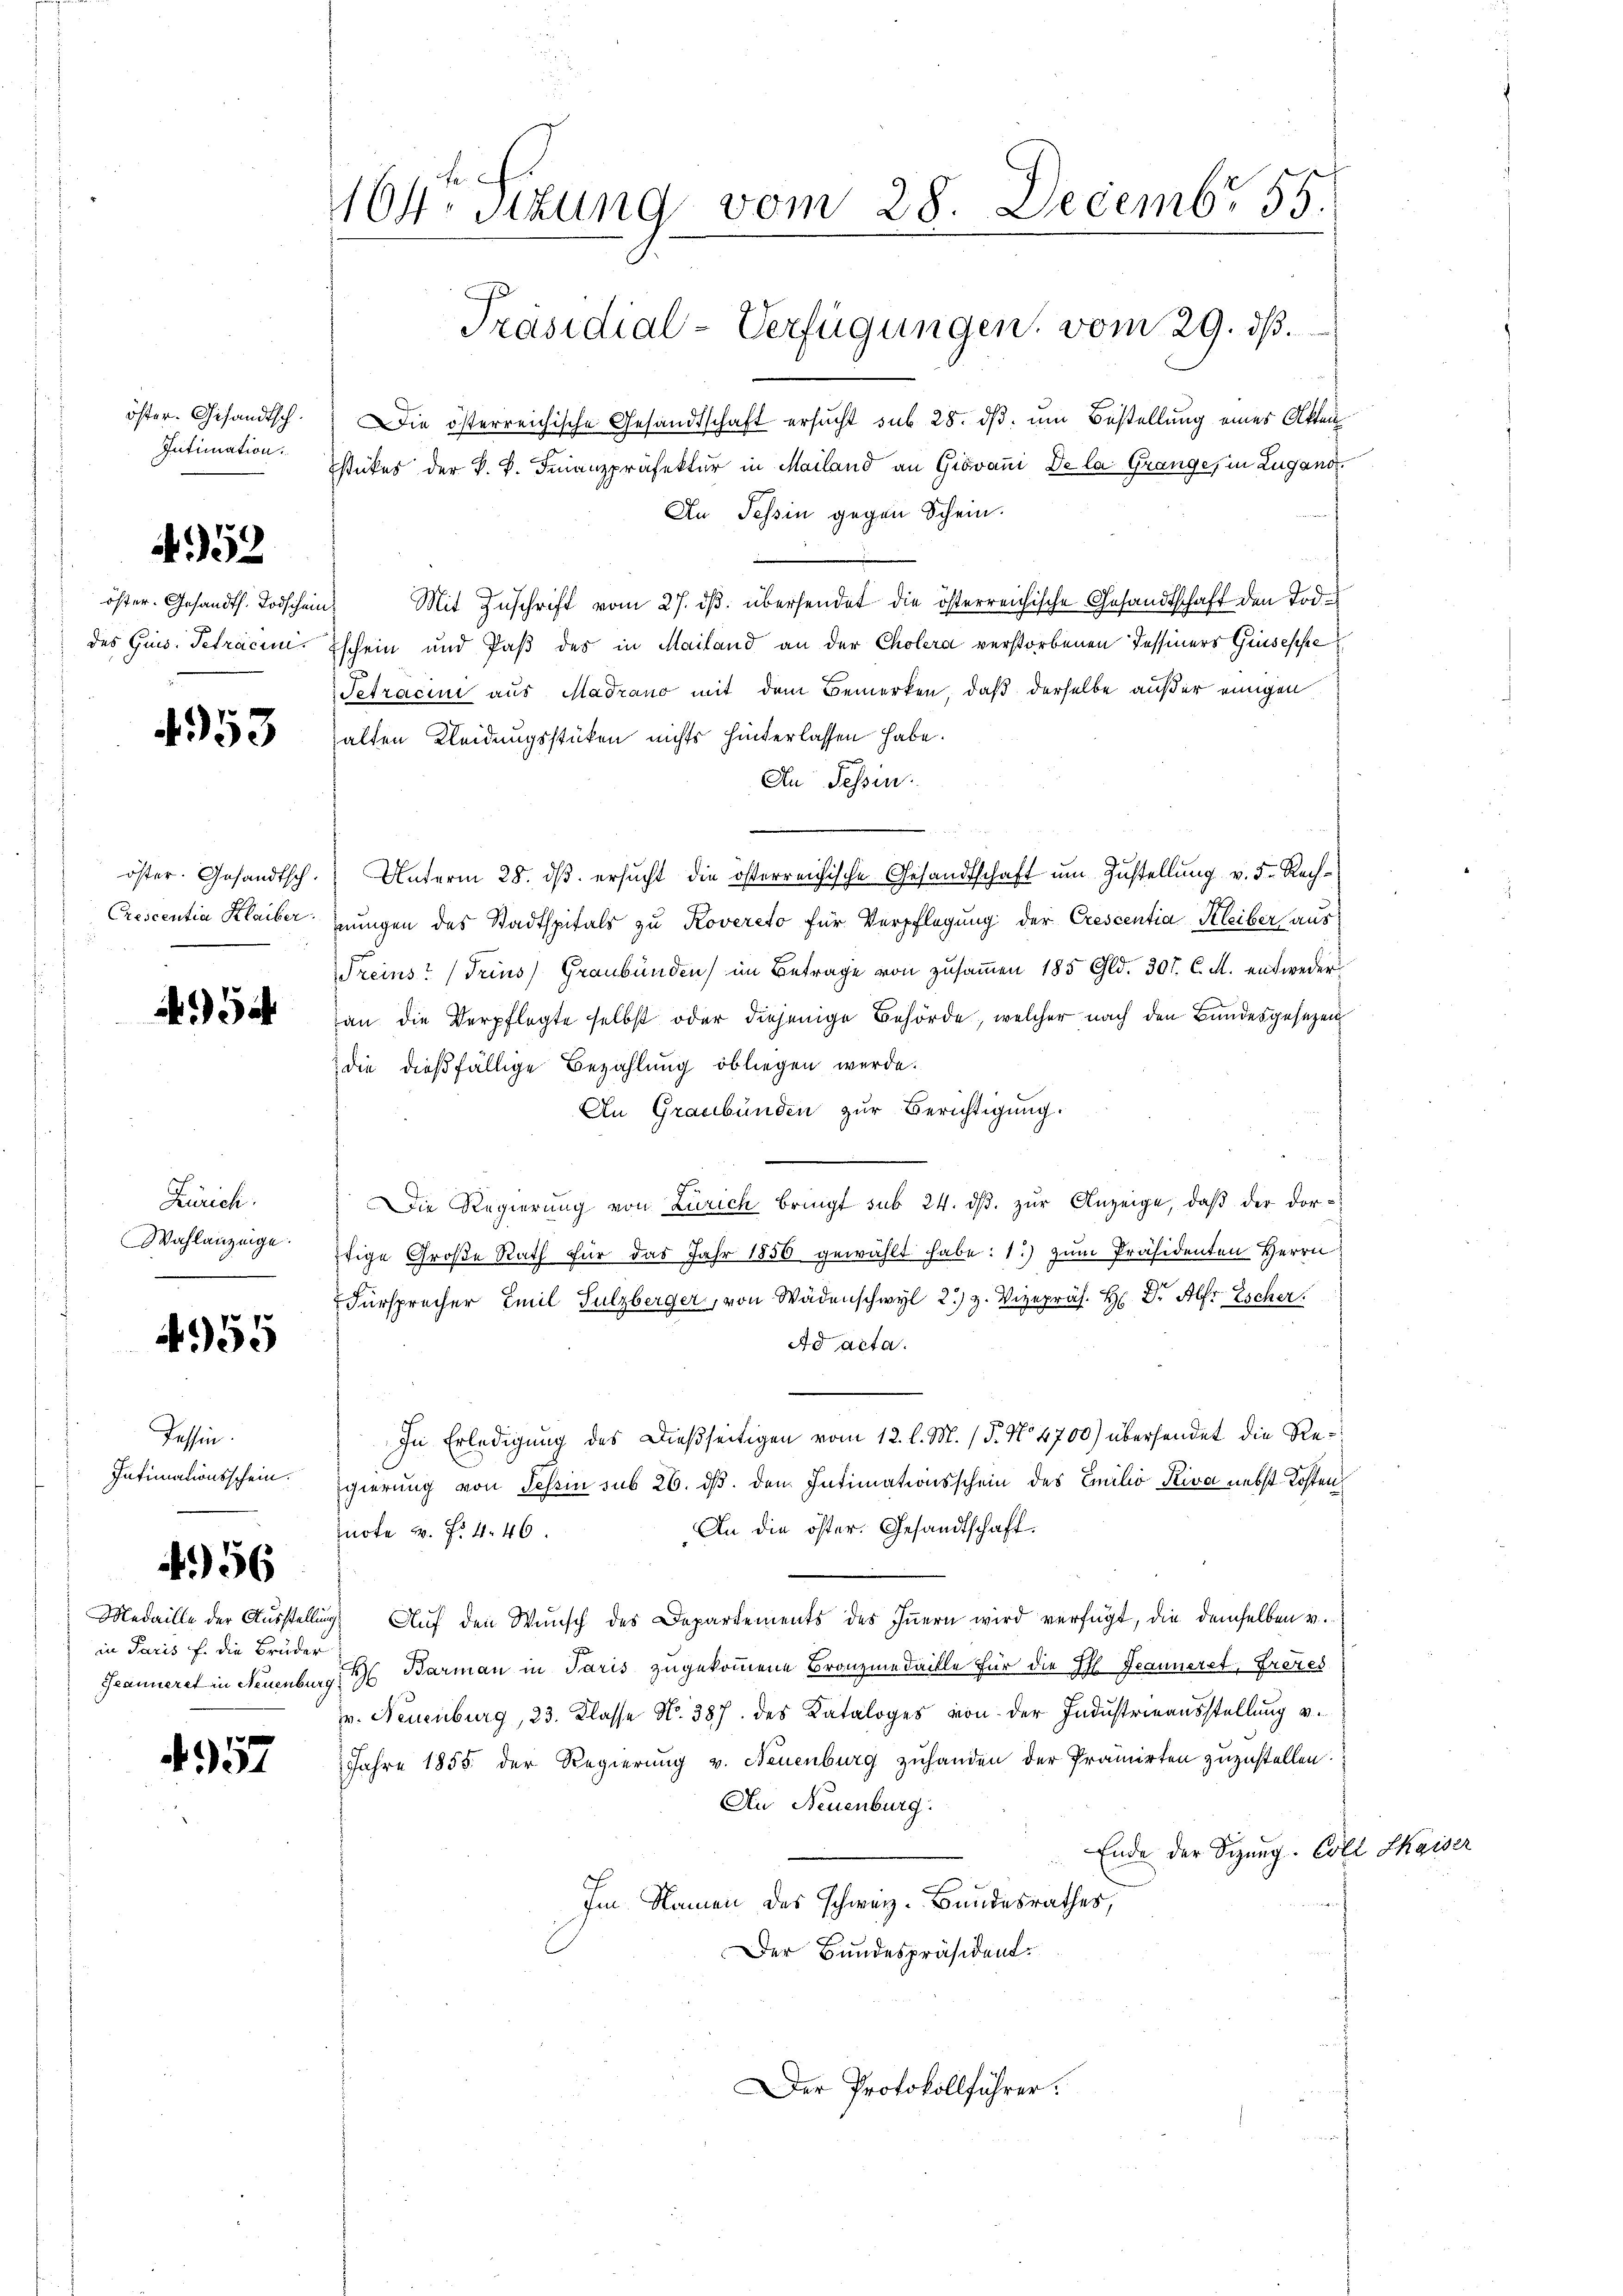
öster. Gesandtsch.
Intimation.

452

öster. Gesandth. Todschein
des Guns. Tetraces

4953

öster. Gesandtsch.
Prescentia Klaiber.

34

Zürich.
Wahlanzeige.

4955

Tessin.
Intimationsschein.

456

Medaille der Ausstellig
in Paris f. die Brüder
Seanneret in Neuenbur

4357

164. Sitzung vom 28. Decembr 55.
Präsidial-Verfügungen, vom 29. ds.

Die österreichische Gesandtschaft ersucht sub 28. ds. um Bestellung eines Akten
stückes der k. k. Finanzpräfektur in Mailand an Giovani De la Grange, in Lugand¬
An Tessin gegen Schein.
Mit Zuschrift vom 27. ds. übersendet die österreichische Gesandtschaft den Tod
schein und daß des in Mailand an der Cholera verstorbenen Tessiners Grisesse
Tetracini aus Madrano mit dem Bemerken, daß derselbe außer einigen
alten Kleidungsstüken nichts hinterlassen habe.
An Tessin.
Unterm 28. ds. ersucht die österreichische Gesandtschaft um Zustellung v. 5. Rechnungen des Stadtspitals zu Rovereto für Verpflegung der Crescentia Kleiber aus
Treins Trins Graubünden) im Betrage von zusammen 185 Gld. 307. C. M. entweder
an die Verpflegte selbst oder diejenige Behörde, welcher nach den Bundesgesezen
die dießfällige Bezahlung obliegen werde.
An Graubünden zur Berichtigung.
Die Regierung von Zürich bringt sub 24. ds. zur Anzeige, daß der dortige Große Rath für das Jahr 1850 gewählt habe: 1.) zum Präsidenten Herrn
Fürsprecher Emil Sulzberger, von Wädenschwyl 2) z. Vizepräs. H: Dr. Alfr Escher
Ad acta.
.
In Erledigung des Dießseitigen vom 12. l. M. (T. No 4700) übersendet die Regierung von Schon sub 26. ds. den Intimationsschein des Emilio Riva nebst Kosten
An die öster. Gesandtschaft.
note u. f. 446.
Auf den Wunsch des Departements des Innern wird verfügt, die demselben v.
H Barman in Paris zugekommene Bronzmedaille für die Pfl Jeanneret, Frezes
v. Neuenburg, 23. Klasse No. 387 des Kataloges von der Industrieausstellung v.
Jahre 1855 der Regierung v. Neuenburg zuhanden der Prämirten zuzustellen.
An Neuenburg.
Ende der Sizung. Coll Kaiser
Im Namen des schweiz. Bandesrathes,
Der Bundespräsident.
Der Protokollführer: